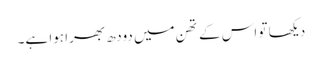
دیکھا تو اس کے تھن میں دودھ بھرا ہوا ہے۔